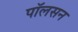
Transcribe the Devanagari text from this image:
पाॅलसन